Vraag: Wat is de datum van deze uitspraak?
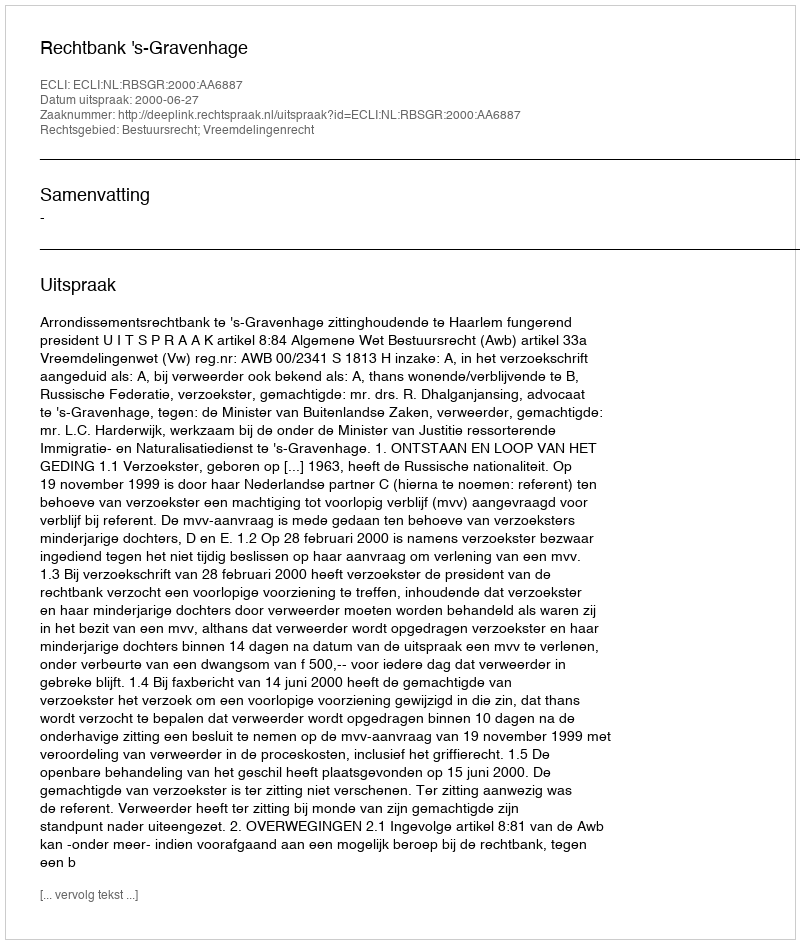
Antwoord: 2000-06-27